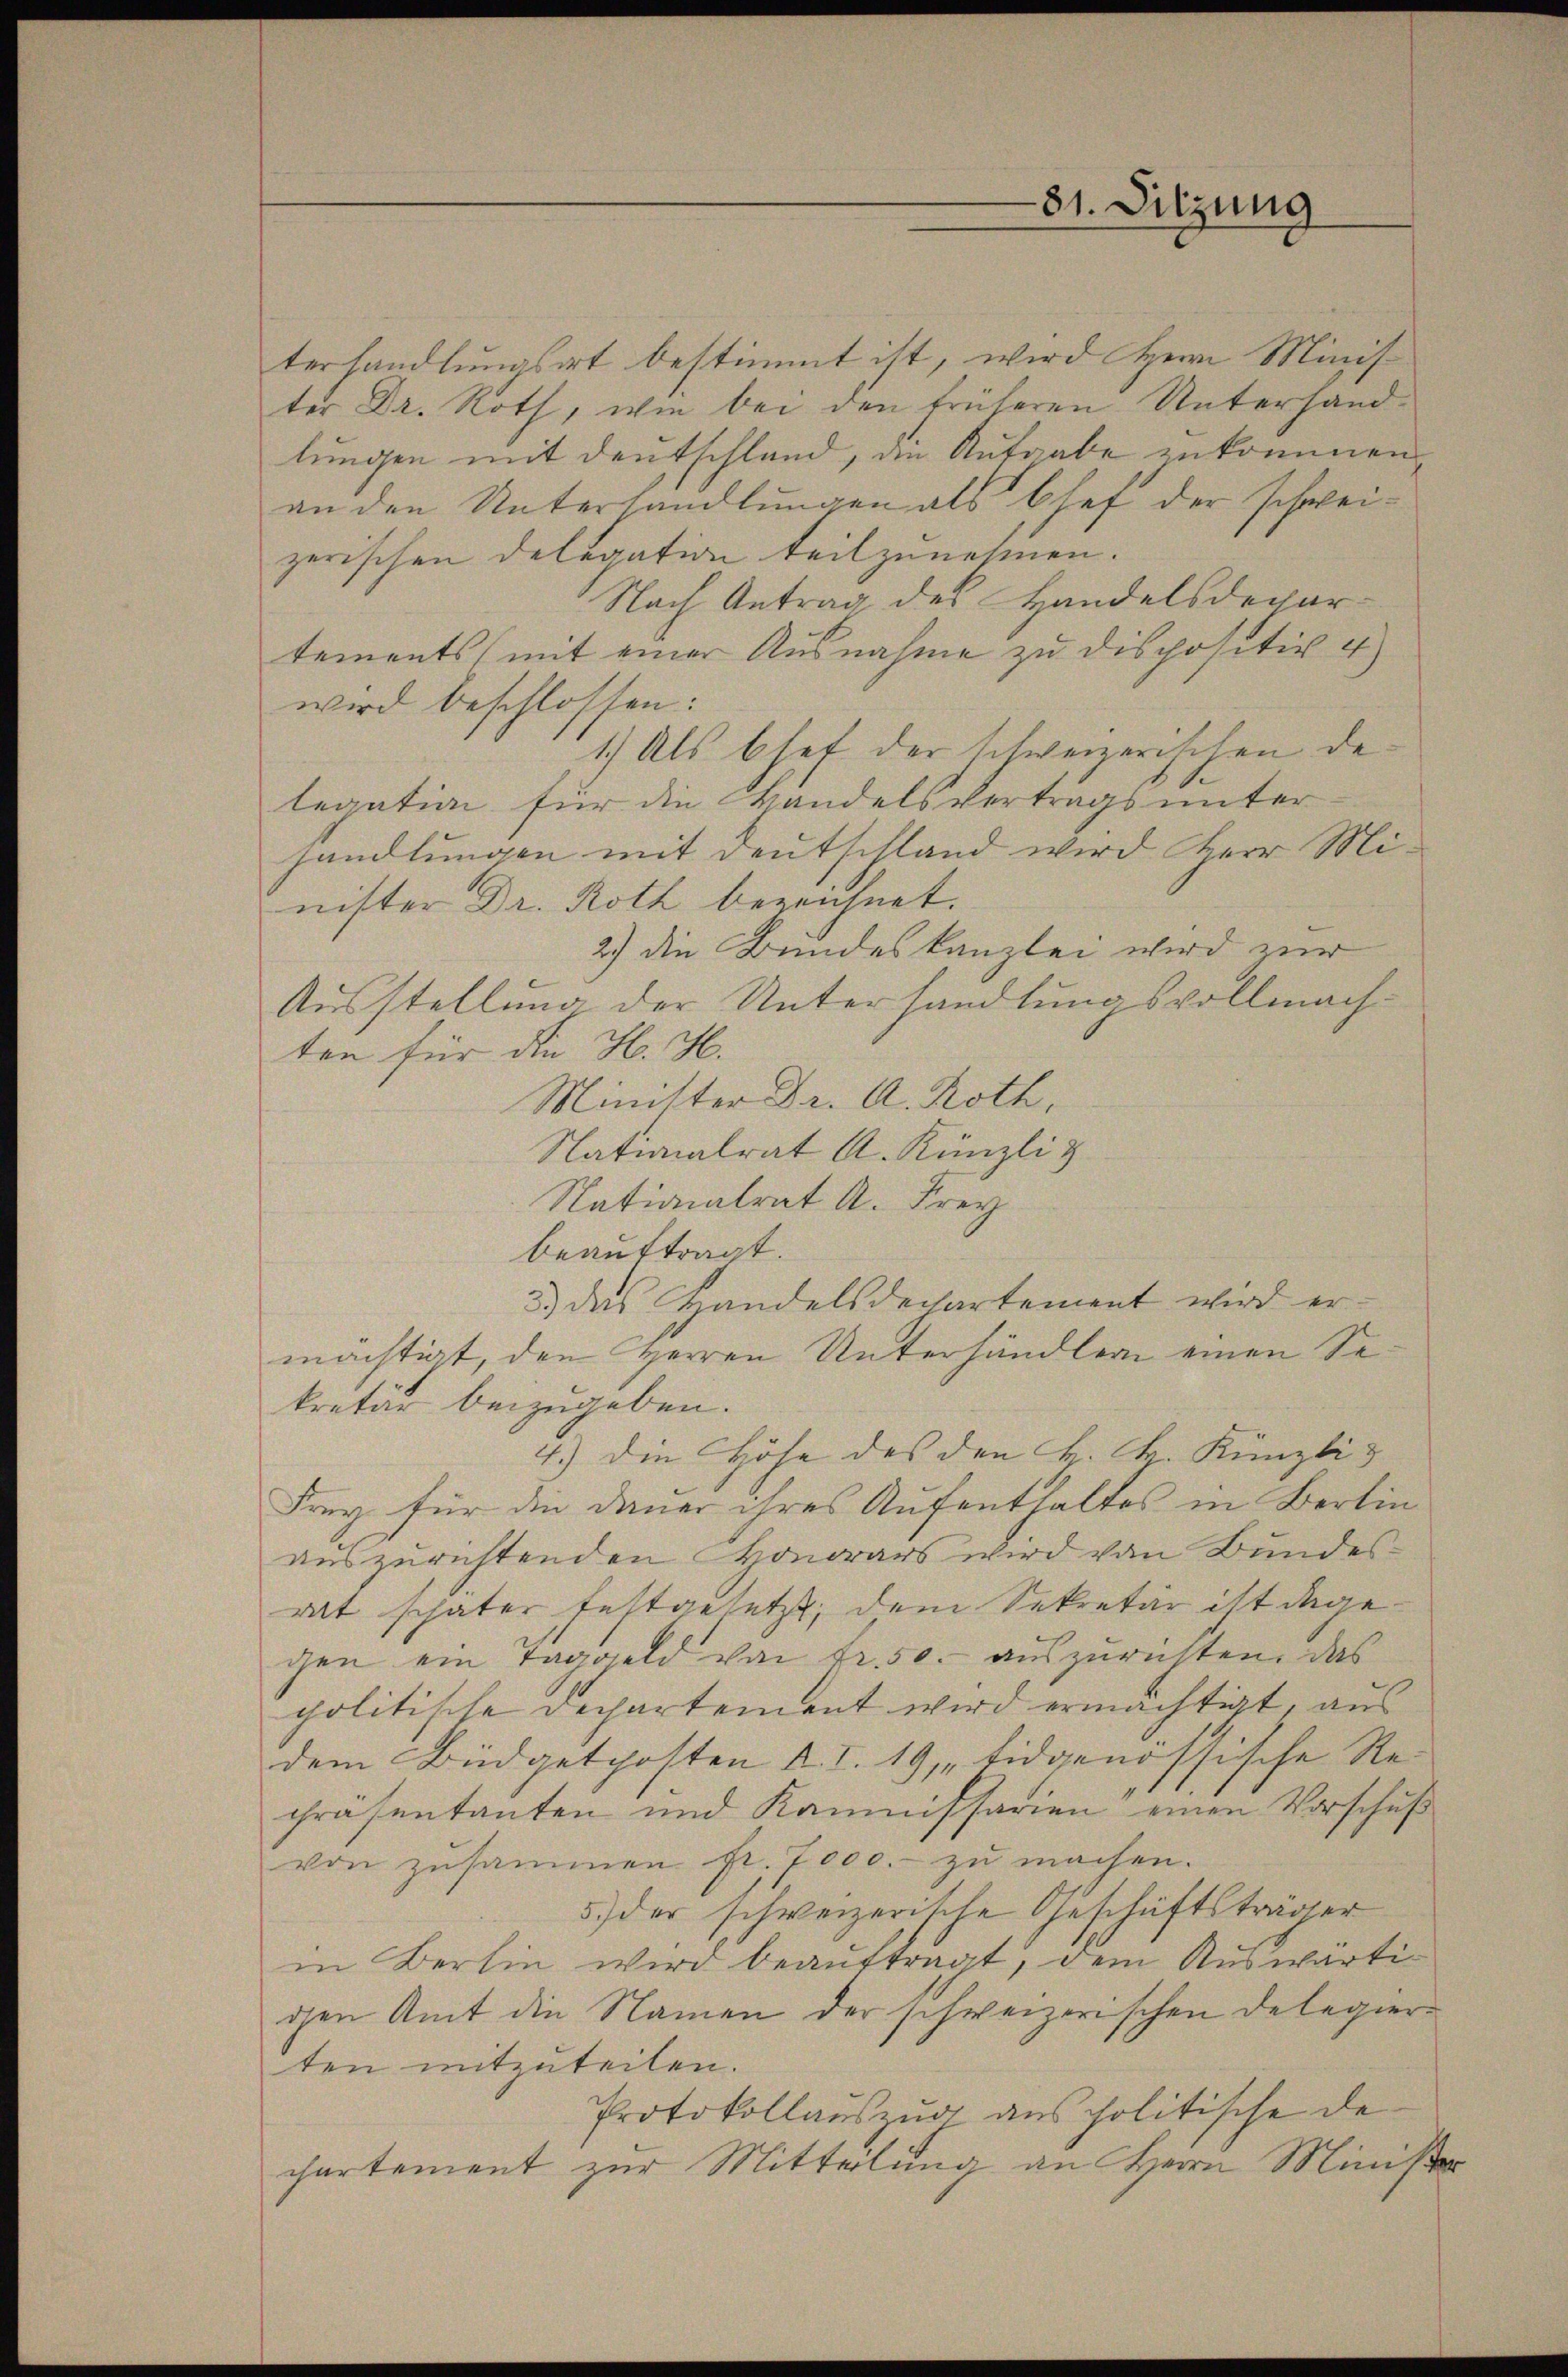
terhandlungsort bestimmt ist, wird Herrn Minister Dr. Roth, wie bei den früheren Unterhandlungen mit Deutschland, an Aufgabe zukommen,
an den Unterhandlungen als Chef der schweizerischen Deligation teilzunehmen.
Nach Antrag des Handelsdepar
tements (mit einer Ausnahme zu dispositiv 4)
wird beschlossen:
1.) Als Chef der schweizerischen de
legation für die Handelsvertrags unter
handlungen mit Deutschland wird Herr Minister Dr. Roth bezeichnet.
2) die Bundeskanzlei wird zur
Ausstellung der Unterhandlungsvollmachten für die H. H.
Minister Dr. A. Roth,
Nationalrat A. Künzli &
Nationalrat A. Frey
beauftragt.
3.) das Handelsdechartement wird ermächtigt, den Herren Unterhändlern einen Sekretär beizugeben.
4.) Die Höhe des den H. H. Künzli &
Frey für die Dauer ihres Aufenthaltes in Berlin
auszurichtenden Honorars wird von Bundesrat schäter festgesetzt, dem Sekretär ist dagegen ein Taggeld von Fr. 50.- auszurichten, das
politische Departement wird ermächtigt, aus
dem Büdgetposten d. I. 19, „tidgenössische Repräsentanten und Kommissarien einen Vorschuß
von zusammen fr. 7000.- zŭ machen.
5.) der schweizerische Geschäftsträger
in Berlin wird beauftragt, dem Auswärtig
gen Amt die Namen der schweizerischen Delegier
ten mitzuteilen.
Protokollauszug aus politische de
chartement zur Mitteilung an Herrn Ministr

81. Sitzung